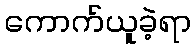
ကောက်ယူခဲ့ရာ